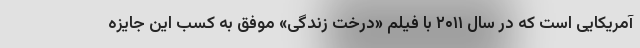
آمریکایی است که در سال ۲۰۱۱ با فیلم «درخت زندگی» موفق به کسب این جایزه